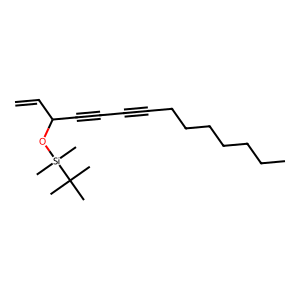
SMILES: C=CC(C#CC#CCCCCCCC)O[Si](C)(C)C(C)(C)C
Inhibits HIV replication: No